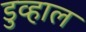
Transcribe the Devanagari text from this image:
डुव्हाल